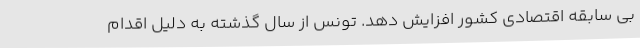
بی سابقه اقتصادی کشور افزایش دهد. تونس از سال گذشته به دلیل اقدام